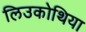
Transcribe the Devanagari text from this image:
लिउकोथिया